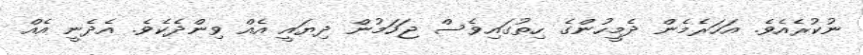
ނުކުރެއެވެ. އަހަރެމެން ދެމީހުންގެ ހިތުގައިވެސް ޖަހަމުން ދިޔައީ އެއް ވިންދެކެވެ. އެދެނީ އެއް